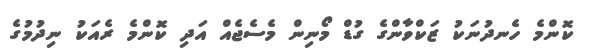
ކޮންމެ ހެނދުނަކު ޒަކްވާންގެ ގުޑް މޯނިން މެސެޖެއް އަދި ކޮންމެ ރެއަކު ނިދުމުގެ